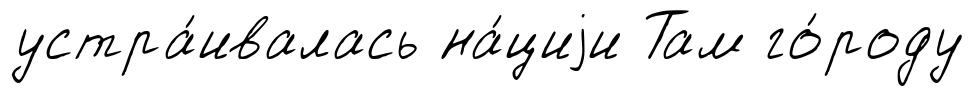
устра́ивалась на́циjи Там го́роду